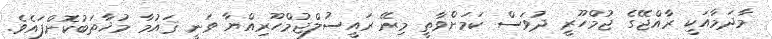
މާދަމާއަކީ ރާއްޖޭގެ ޖުމްހޫރީ ދުވަސް ކަމަށްވާތީ މިރޭ ރައީސުލްޖުމްހޫރިއްޔާ ވަނީ ޤައުމާ މުޚާތަބުކޮށްފައެވެ.